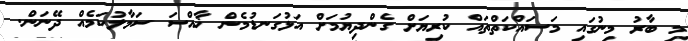
މި ބާރު މިނުގައި މަސައްކަތްތައް ކުރިޔަށް ގެންދިޔުމަށް އަޅުގަނޑުމެން ޚާއްސަ ސަމާލުކަމެއް ދޭނަން.